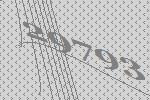
29793